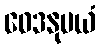
ဝေဒနုပယံ